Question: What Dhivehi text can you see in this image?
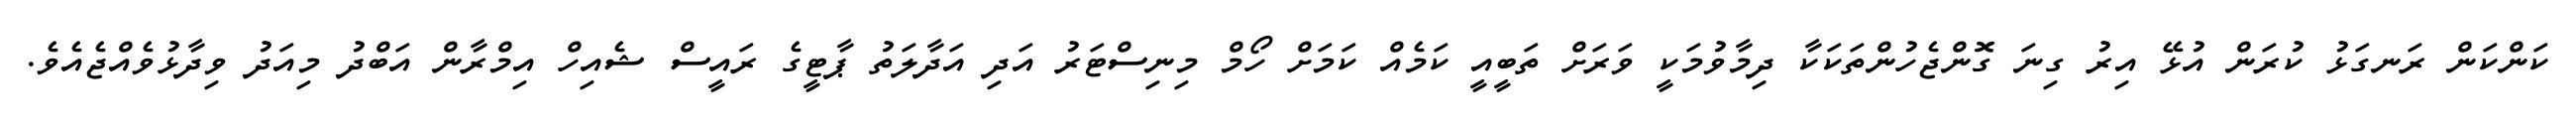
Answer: ކަންކަން ރަނގަޅު ކުރަން އުޅޭ އިރު ގިނަ ގޮންޖެހުންތަކަކާ ދިމާވުމަކީ ވަރަށް ތަބީއީ ކަމެއް ކަމަށް ހޯމް މިނިސްޓަރު އަދި އަދާލަތު ޕާޓީގެ ރައީސް ޝެއިހް އިމްރާން އަބްދު މިއަދު ވިދާޅުވެއްޖެއެވެ.